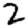
Digit: 2